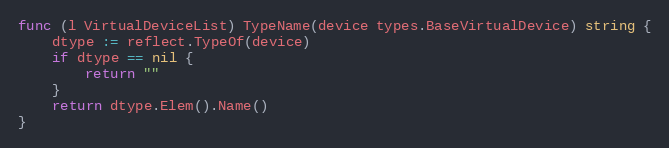
Language: Go
func (l VirtualDeviceList) TypeName(device types.BaseVirtualDevice) string {
	dtype := reflect.TypeOf(device)
	if dtype == nil {
		return ""
	}
	return dtype.Elem().Name()
}